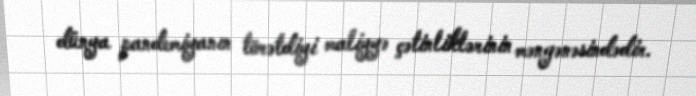
dünya pandemiyanın törətdiyi maliyyə çətinliklərinin məngənəsindədir.